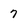
Character: 7